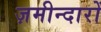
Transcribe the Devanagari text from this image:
ज़मीन्दारों